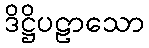
ဒိဋ္ဌိပဠာသော